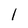
Character: l